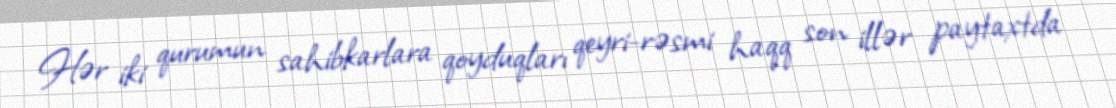
Hər iki qurumun sahibkarlara qoyduqları qeyri-rəsmi haqq son illər paytaxtda